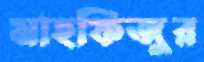
মাহফিজুর